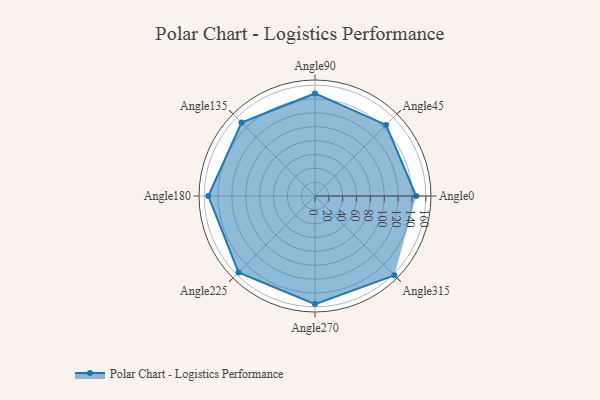
{"axis": {"x": "Angle", "y": "Radius"}, "legend": [""], "data": [{"x": "Angle0", "y": 146.0, "type": ""}, {"x": "Angle45", "y": 145.0, "type": ""}, {"x": "Angle90", "y": 148.0, "type": ""}, {"x": "Angle135", "y": 150.0, "type": ""}, {"x": "Angle180", "y": 154.0, "type": ""}, {"x": "Angle225", "y": 156.0, "type": ""}, {"x": "Angle270", "y": 156.0, "type": ""}, {"x": "Angle315", "y": 162.0, "type": ""}]}